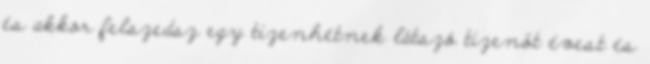
és akkor felszedsz egy tizenhétnek látszó tizenöt évest és